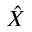
\hat { X }